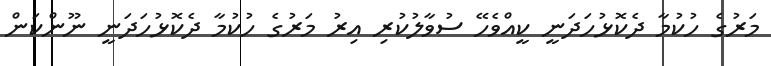
މަރުގެ ހުކުމާ ދެކޮޅުހަދަނީ ކީއްވެހޭ ސުވާލުކުރި އިރު މަރުގެ ހުކުމާ ދެކޮޅުހަދަނީ ނޫންކަން